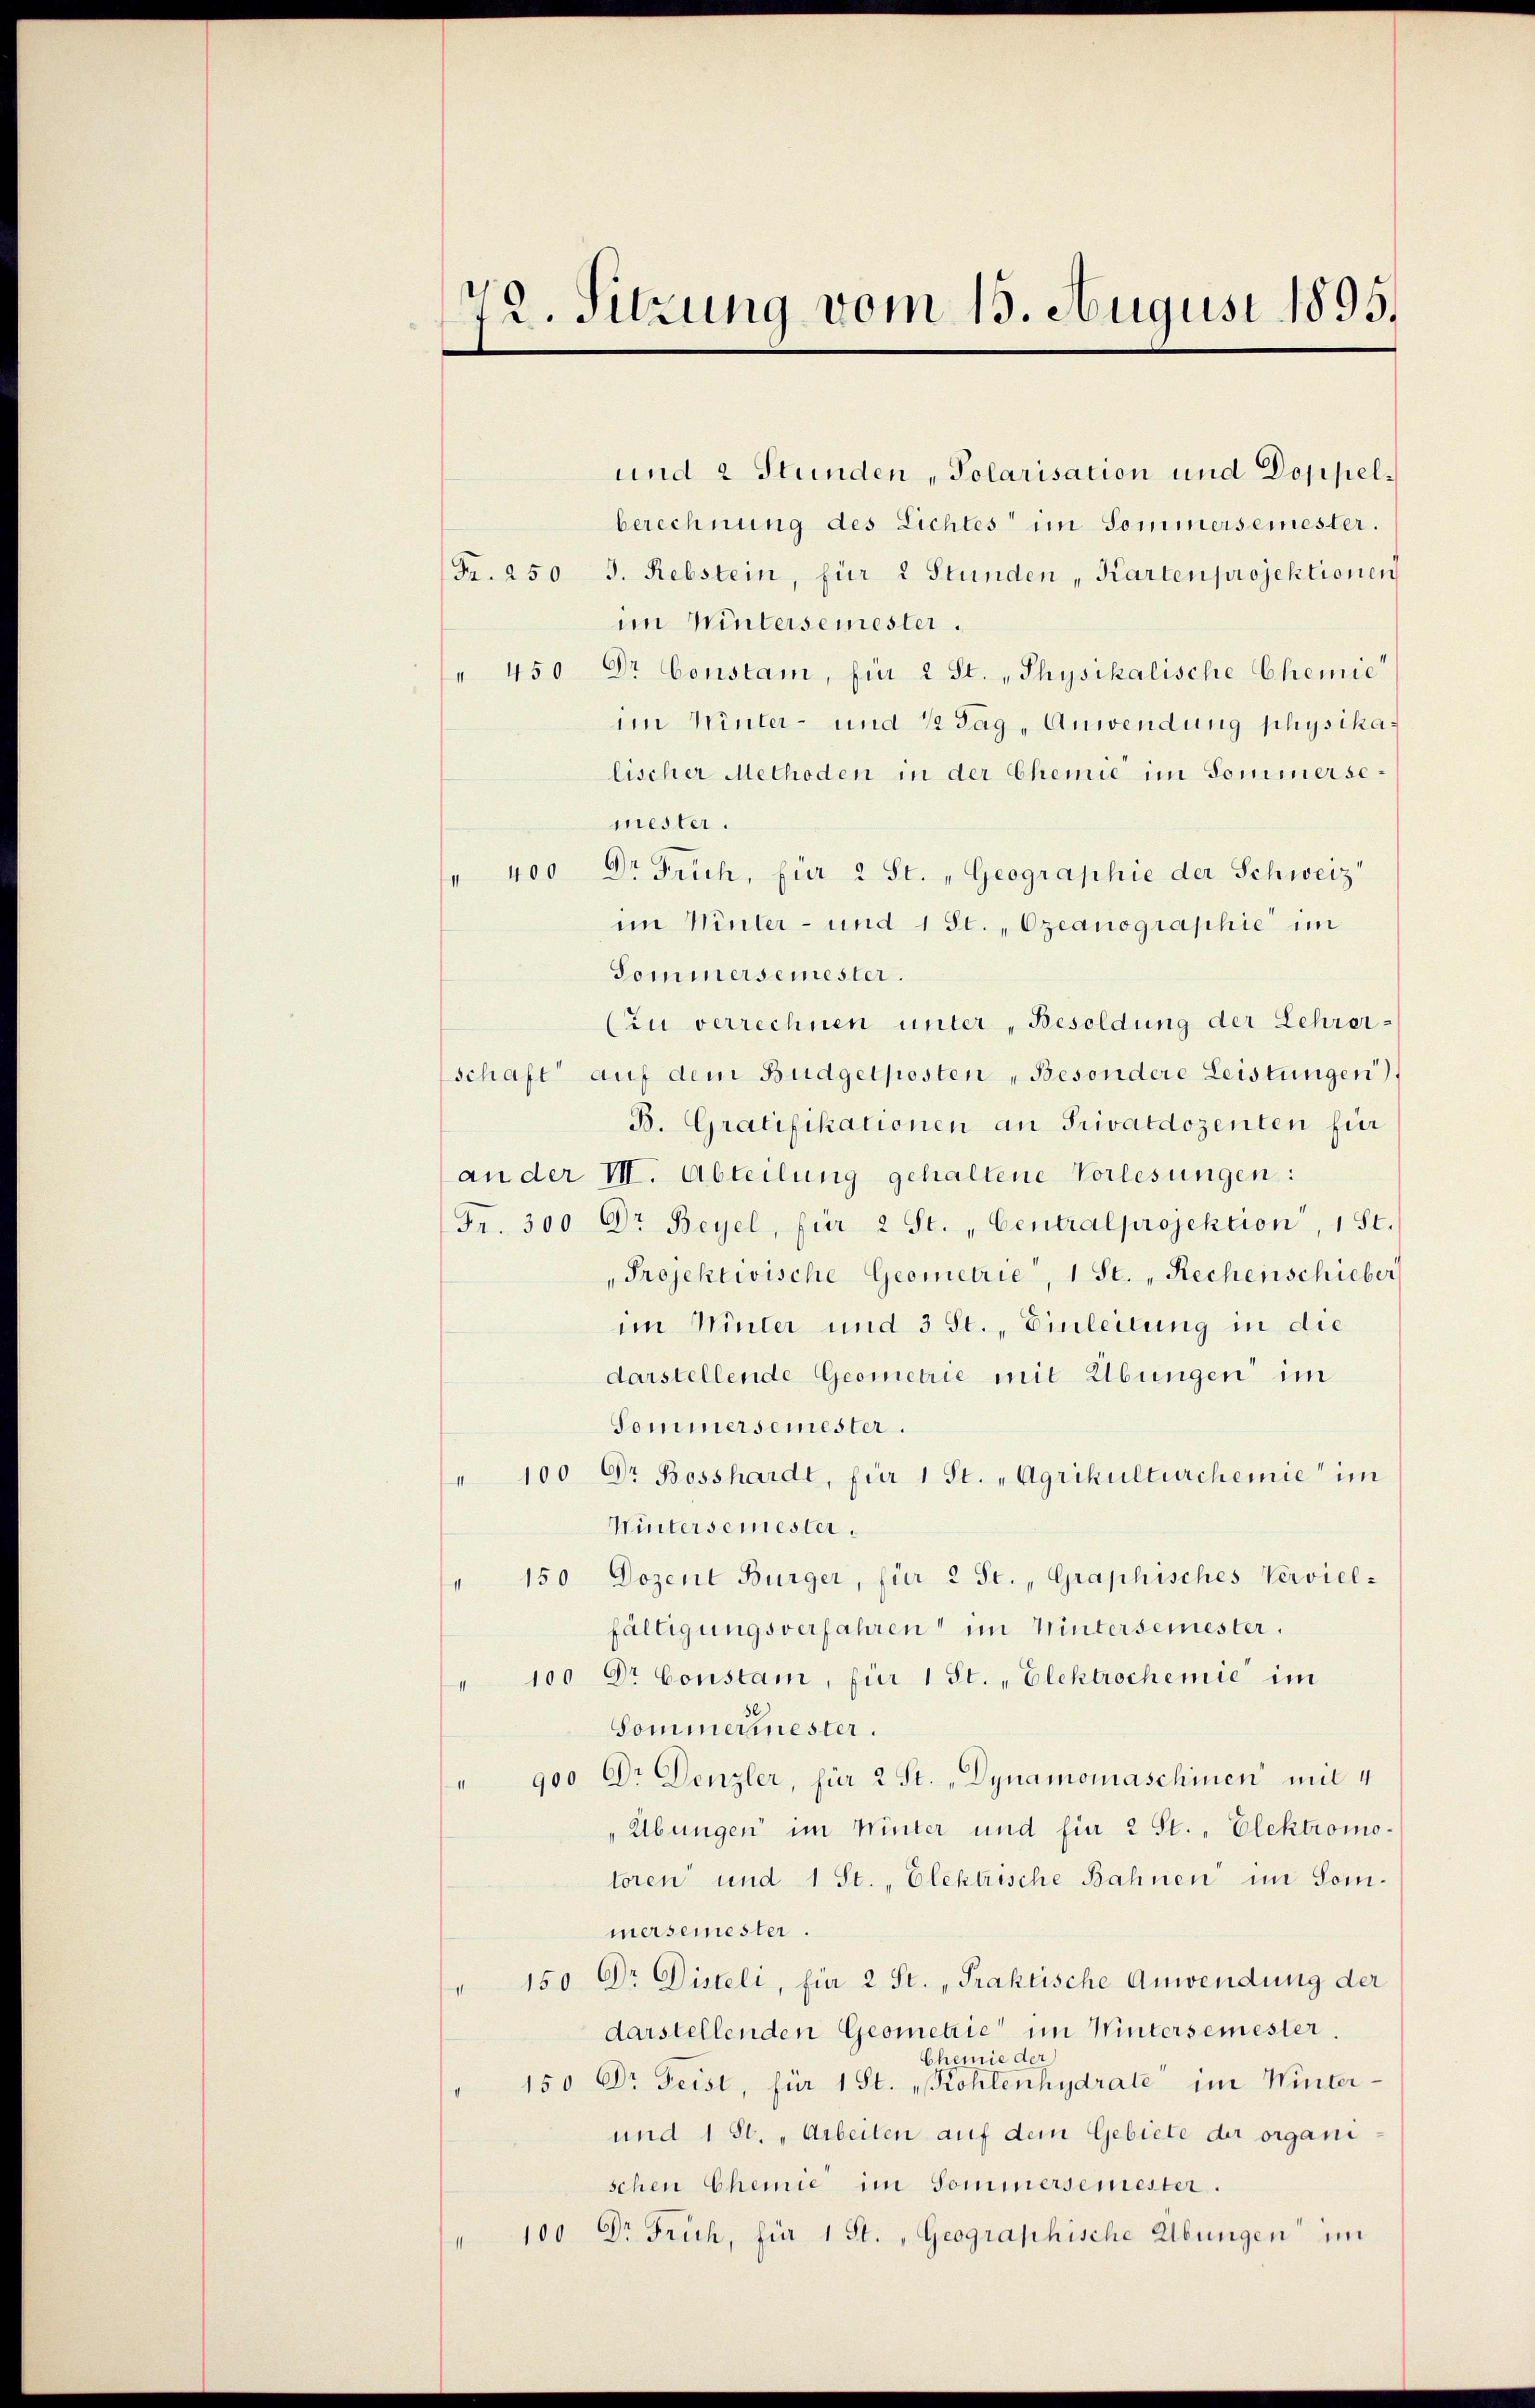
72. Sitzung vom 15. August 1895.

und 2 Stunden, Polarisation und Doppelberechnung des Lichtes im Sommersemester.
Fr. 250 J. Rebstein, für 2 Stunden „Kartenprojektionen
im Wintersemester.
" 450 Dr Constam, für 2 St. „Physikalische Chemie
im Winter- und 12 Tag, Anwendung physikalischer Methoden in der Chemie im Sommersemester.
400 Dr Früh, für 2 St. „Geographie der Schweiz“
s
im Winter- und 1 St., Ozeanographie im
Sommersemester.
Cin verrechnen unter „Besoldung der Lehrerschaft auf dem Budgetposten „Besondere Leistungen)
B. Gratifikationen an Privatdozenten für
an der VII. Abteilung gehaltene Vorlesungen:
Fr. 300 Dr Beyel, für 2 St. Centralprojektion, 1 St.
"Projektwische Geometrie, 1 St. „Rechenschieber
im Winter und 3 St. Einleitung in die
darstellende Geometrie mit Übungen im
Sommersemester.
" 100 Dr Bosshardt, für 1 St. „Agrikulturchemie im
Wintersemester.
" 150 Dozent Bürger, für 2 St. „Graphisches Verviel-
fälligungsverfahren im Wintersemester.
" 100 Dr Constam, für 1 St. „Elektrochemie im
Sommerhinester.
900 Dr. Denzler, für 2 St. „Dynamomaschinen mit 4
"Übungen im Winter und für 2 St. - Elektromotoren und 1 St. „Elektrische Bahnen im Sommersemester.
" 150 Dr Disteli, für 2 St. „Praktische Anwendung der
darstellenden Geometrie im Wintersemester.
Chemie der
150 Dr Geist, für 1 St. „Kohlenhydrate im Winter¬
und 1 St. „Arbeiten auf dem Gebiete der organi
schen Chemie im Sommersemester.
" 100 Dr Früh, für 1 St. Geographische Übungen im